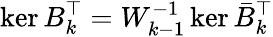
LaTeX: \ker B_{k}^{\top}=W_{k-1}^{-1}\ker\bar{B}_{k}^{\top}